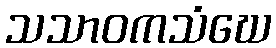
သသာဝကသံဃေ